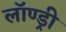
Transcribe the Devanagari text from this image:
लॉण्ड्री